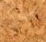
قليلة